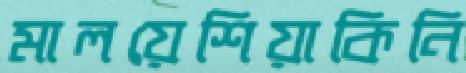
মালয়েশিয়াকিনি